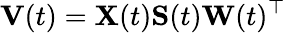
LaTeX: \mathbf{V}(t)=\mathbf{X}(t)\mathbf{S}(t)\mathbf{W}(t)^{\top}